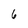
Character: 6